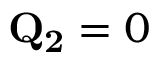
\mathbf { Q _ { 2 } } = 0